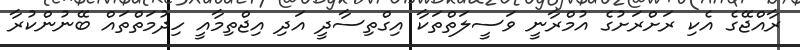
ރާއްޖޭގެ އެކި ރަށްރަށުގެ އުމްރާނީ ވަސީލަތްތަކާ އިގްތިސާދީ އަދި އިޖްތިމާއީ ހިދުމަތްތައް ބޭނުންކުރާ